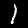
Digit: 1